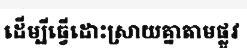
ដើម្បីធ្វើដោះស្រាយគ្នាតាមផ្លូវ